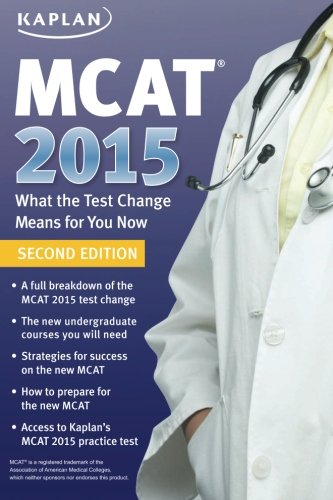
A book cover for MCAT 2015: What the Test Change Means for You Now; Kaplan; Test Preparation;